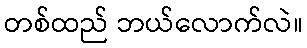
တစ်ထည် ဘယ်လောက်လဲ။